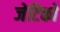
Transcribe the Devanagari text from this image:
जेटिको